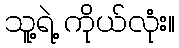
သူ့ရဲ့ ကိုယ်လုံး။